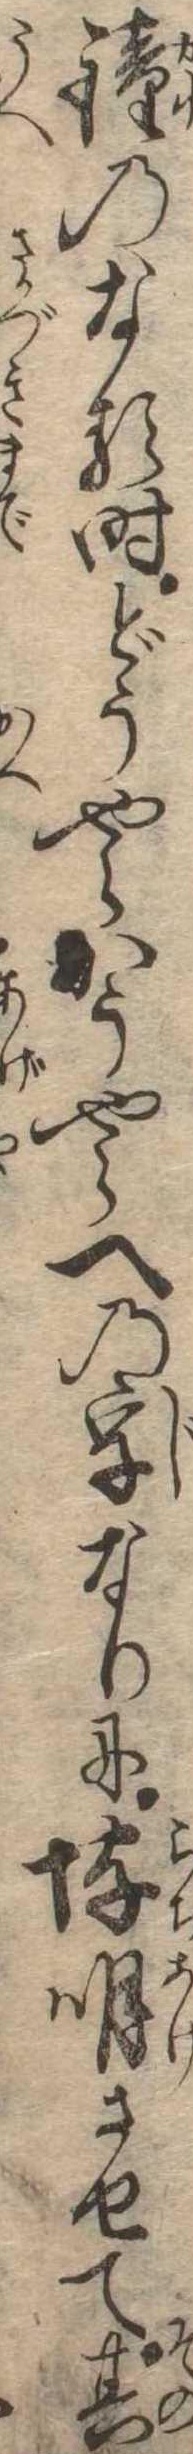
鐘のなる時どうやらかうやらへの字なりに埒明させて其